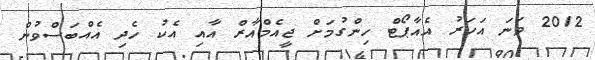
2012 ވަނަ އަހަރު އެއާޕޯޓް ހިންގުމަށް ޖީއެމްއާރް އާއި އެކު ހެދި އެއްބަސްވުން